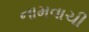
નામવાચી